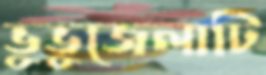
ভুভুজেলাটি